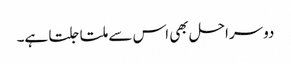
دوسراحل بھی اس سے ملتا جلتا ہے۔